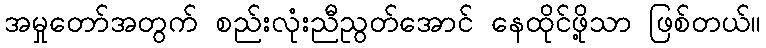
အမှုတော်အတွက် စည်းလုံးညီညွတ်အောင် နေထိုင်ဖို့သာ ဖြစ်တယ်။